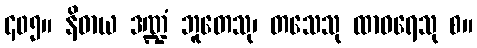
၄၀၅။ နိဓာယ ဒဏ္ဍံ ဘူတေသု၊ တသေသု ထာဝရေသု စ။